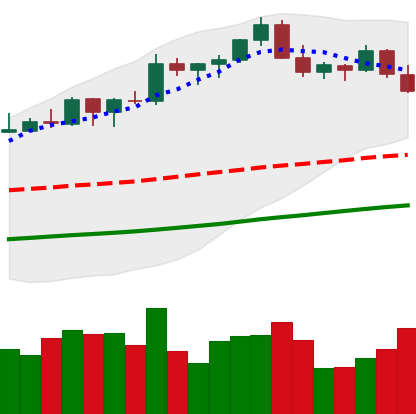
Ticker: BTC-USD
Chart end date: 2021-10-27
Forward return: 4.312%
Label: up_3_5